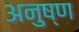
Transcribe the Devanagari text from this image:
अनुष्ण